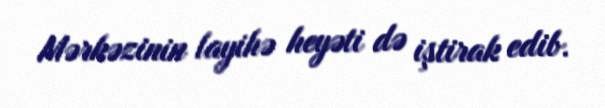
Mərkəzinin layihə heyəti də iştirak edib.